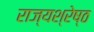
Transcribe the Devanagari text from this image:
राज्यश्रेष्ठ